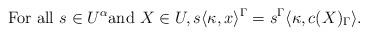
LaTeX: \begin{align*}\textrm{For all } s \in U^\alpha \textrm{and } X\in U, s\langle \kappa,x\rangle^\Gamma=s^\Gamma\langle \kappa,c(X)_\Gamma\rangle \textrm{.}\end{align*}